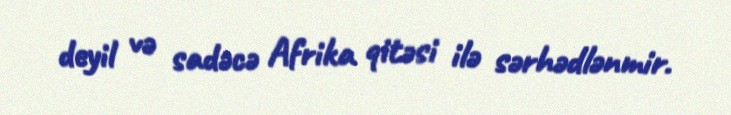
deyil və sadəcə Afrika qitəsi ilə sərhədlənmir.